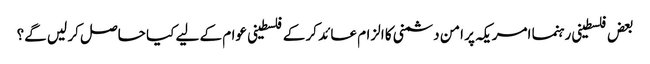
بعض فلسطینی رہنما امریکہ پر امن دشمنی کا الزام عائد کر کے فلسطینی عوام کے لیے کیا حاصل کر لیں گے؟